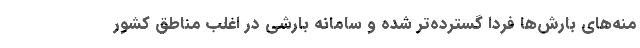
منه‌های بارش‌ها فردا گسترده‌تر شده و سامانه بارشی در اغلب مناطق کشور